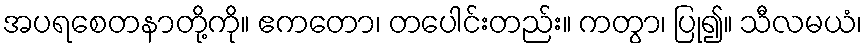
အပရစေတနာတို့ကို။ ဧကတော၊ တပေါင်းတည်း။ ကတွာ၊ ပြု၍။ သီလမယံ၊